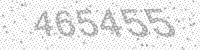
Solution: 465455